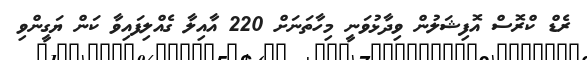
ރެޑް ކްރޮސް އޮފިޝަލުން ވިދާޅުވަނީ މިހާތަނަށް 220 އާއިލާ ގެއްލިފައިވާ ކަން ޔަގީންވި